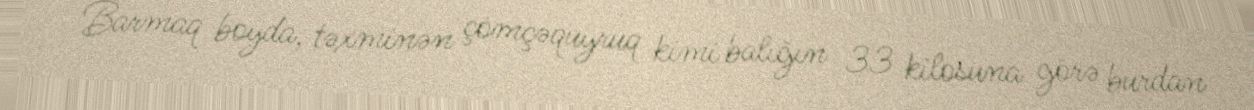
Barmaq boyda, təxminən çömçəquyruq kimi balığın 33 kilosuna görə burdan